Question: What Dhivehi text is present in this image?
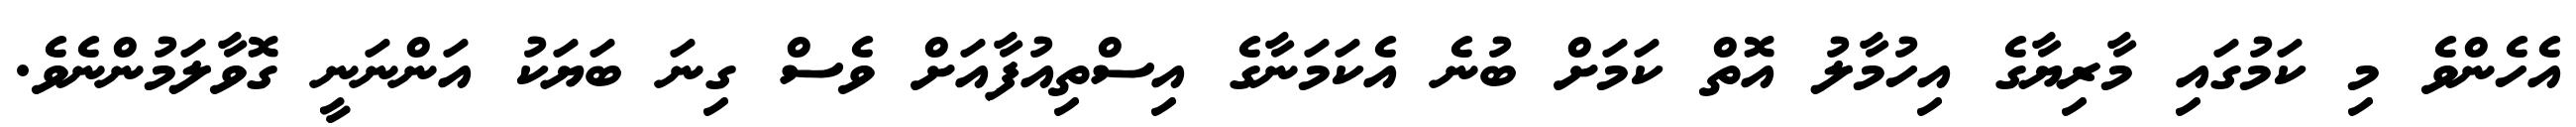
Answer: އެހެންވެ މި ކަމުގައި މާރިޔާގެ އިހުމާލު އޮތް ކަމަށް ބުނެ އެކަމަނާގެ އިސްތިއުފާއަށް ވެސް ގިނަ ބަޔަކު އަންނަނީ ގޮވާލަމުންނެވެ.